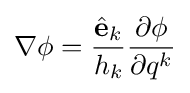
\nabla \phi ={\frac {{\hat {\mathbf {e} }}_{k}}{h_{k}}}{\frac {\partial \phi }{\partial q^{k}}}